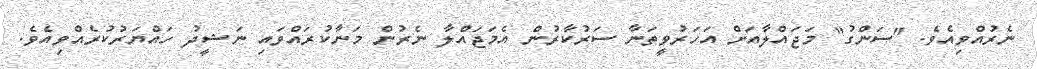
ނެރުއްވިއެވެ. "ސަންގު" މަޖައްލާއަށް އަހަރުވީތަނާ ސަރުކާރުން އެމަޖައްލާ ނެރުން މަނާކުރައްވައި ނަޝީދު ހައްޔަރުކުރެއްވިއެވެ.